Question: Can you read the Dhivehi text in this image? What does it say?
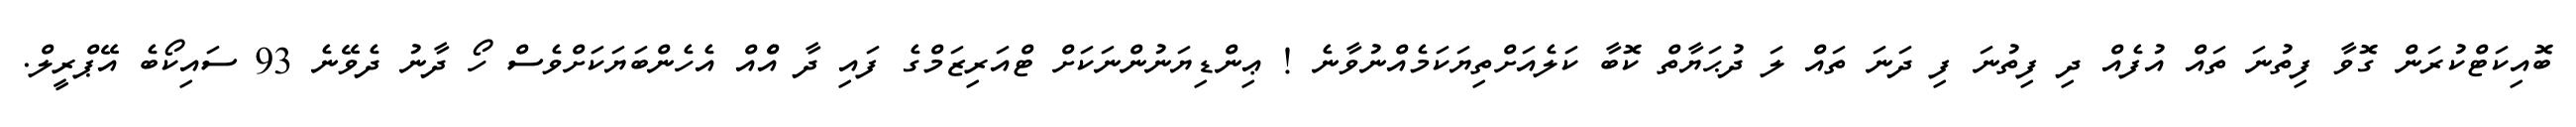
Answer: ބޮއިކަޓްކުރަން ގޮވާ ފިތުނަ ތައް އުފެއް ދި ފިތުނަ ފި ދަނަ ތައް ލަ ދުޙަޔާތް ކޮބާ ކަލެއަށްތިޔަކަމެއްނުވާނެ ! ޢިންޑިޔަނުންނަކަށް ޓްއަރިޒަމްގެ ފައި ދާ އެްއް އެހެންބަޔަކަށްވެސް ހޯ ދާނު ދެވޭނެ 93 ސައިކޯބެ އޭޕްރީލް.